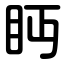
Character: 眄